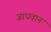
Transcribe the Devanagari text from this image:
जाधवान